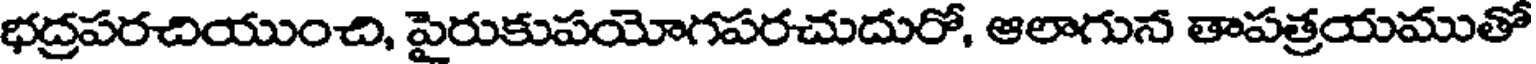
భద్రపరచియుంచి, పైరుకుపయోగపరచుదురో, ఆలాగున తాపత్రయముతో